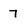
Character: 7